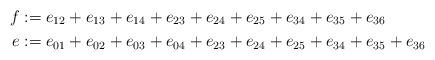
LaTeX: \begin{align*}f&:=e_{12}+ e_{13}+ e_{14} + e_{23}+ e_{24}+ e_{25}+ e_{34}+ e_{35}+ e_{36}\\e&:=e_{01}+ e_{02}+ e_{03}+ e_{04} + e_{23}+ e_{24}+ e_{25}+ e_{34}+ e_{35}+ e_{36}\end{align*}